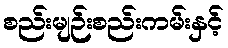
စည်းမျဉ်းစည်းကမ်းနှင့်